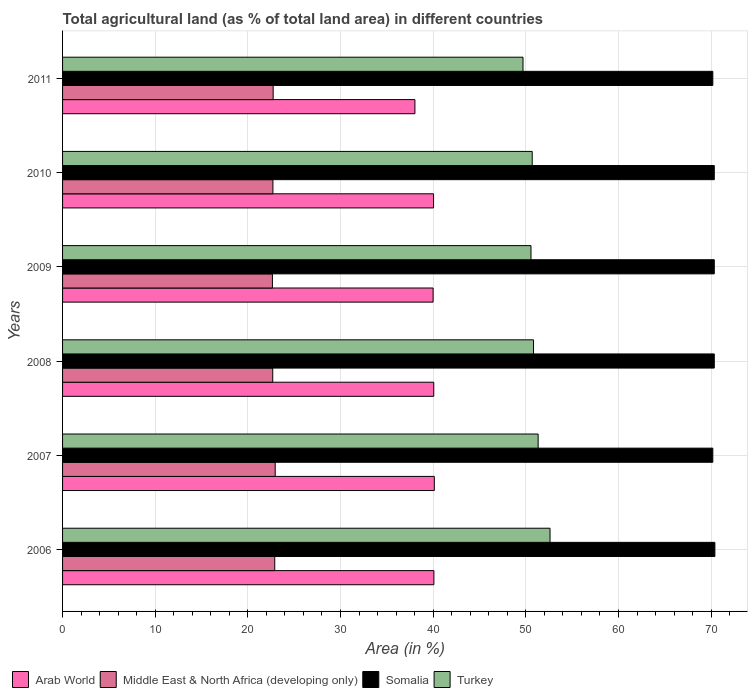
| Years | Arab World | Middle East & North Africa (developing only) | Somalia | Turkey |
 | --- | --- | --- | --- | --- |
 | 2006 | 40.1 | 22.9 | 70.4 | 52.6 |
 | 2007 | 40.1 | 23 | 70.2 | 51.3 |
 | 2008 | 40.1 | 22.7 | 70.3 | 50.8 |
 | 2009 | 40 | 22.6 | 70.3 | 50.6 |
 | 2010 | 40 | 22.7 | 70.3 | 50.7 |
 | 2011 | 38 | 22.7 | 70.2 | 49.7 |